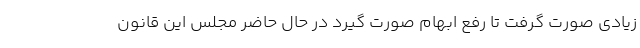
زیادی صورت گرفت تا رفع ابهام صورت گیرد در حال حاضر مجلس این قانون